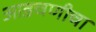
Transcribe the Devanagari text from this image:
आडचणीचा